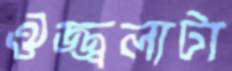
ঔজ্জ্বল্যটা